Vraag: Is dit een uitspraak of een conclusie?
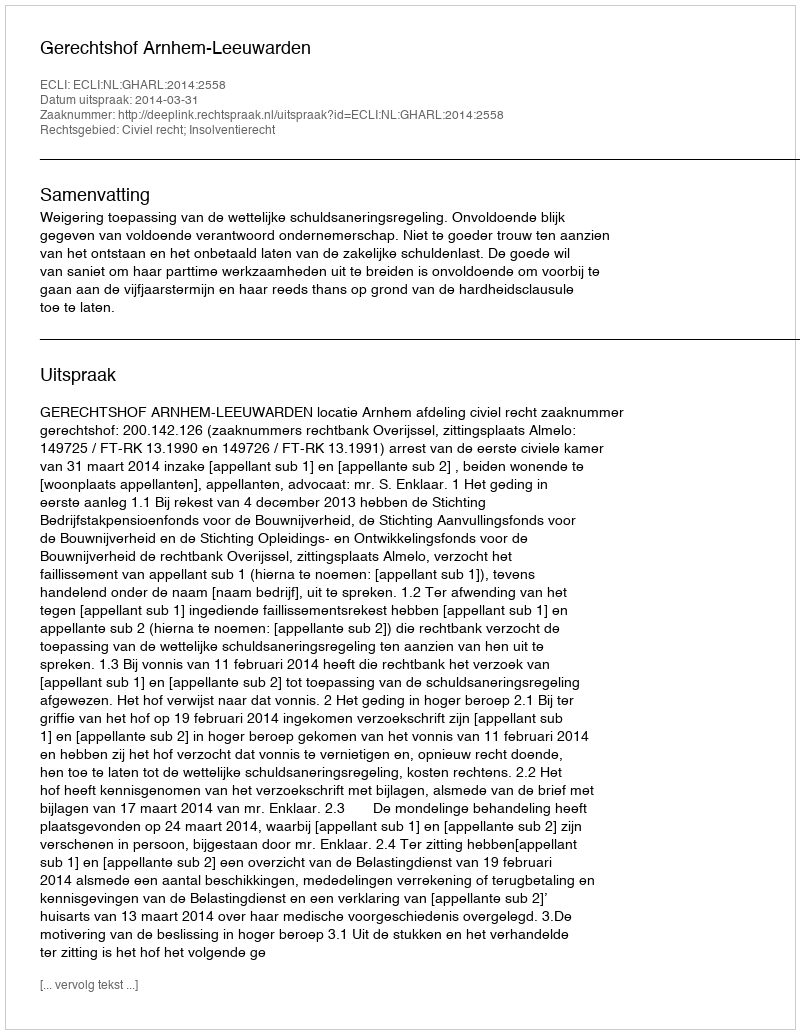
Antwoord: Uitspraak